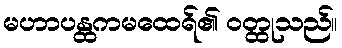
မဟာပန္ထကမထေရ်၏ ဝတ္ထုသည်။